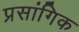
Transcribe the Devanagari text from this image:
प्रसांगिक